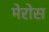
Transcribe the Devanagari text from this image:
मेरोस